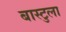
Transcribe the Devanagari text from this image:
बास्टुला